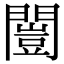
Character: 闓